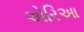
એરિઆ